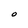
Character: O